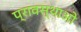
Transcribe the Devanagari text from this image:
प्रावस्थाओ